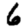
Digit: 6